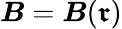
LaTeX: {\boldsymbol{B}}={\boldsymbol{B}}({\boldsymbol{\mathfrak{r}}})